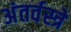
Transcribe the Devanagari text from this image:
अंतर्वस्त्रे